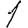
Digit: 1